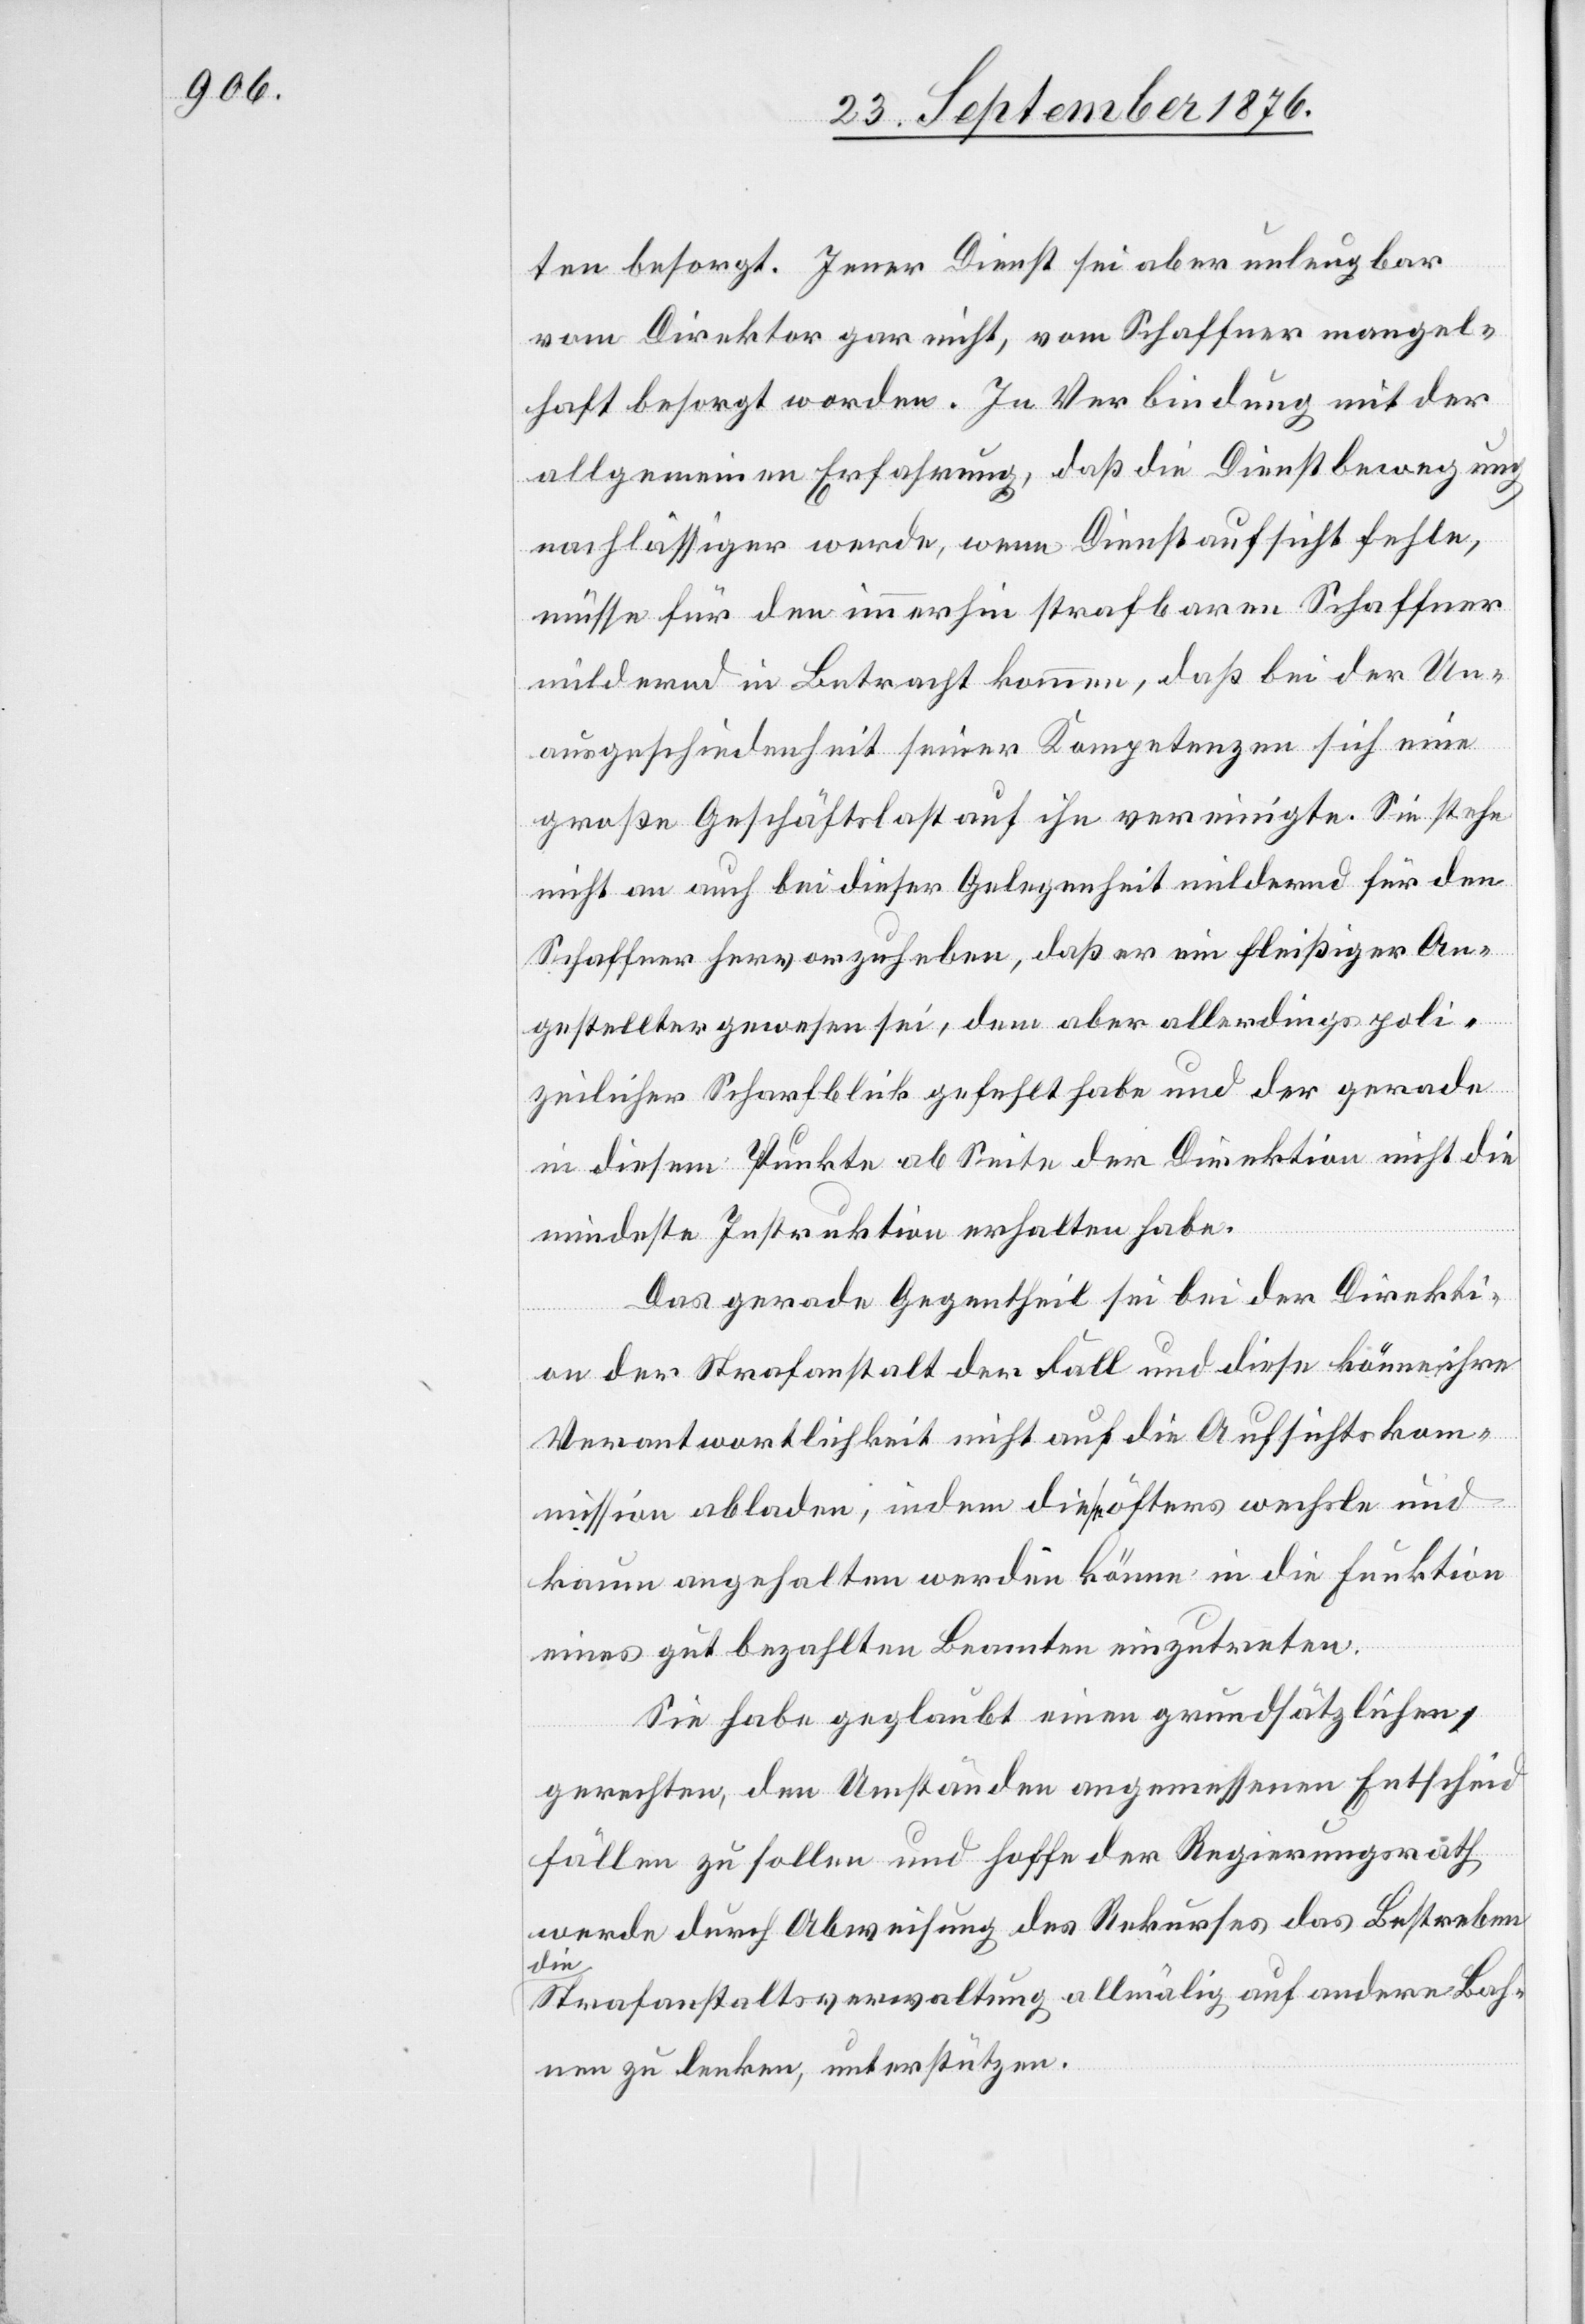
ten besorgt. Jener Dienst sei aber unleugbar
vom Direktor gar nicht, vom Schaffner mangel¬
haft besorgt worden. In Verbindung mit der
allgemeinen Erfahrung, daß die Dienstbewegung,
nachlässiger werde, wenn Dienstaufsicht fehle,
müsse für den immerhin strafbaren Schaffner
mildernd in Betracht kommen, daß bei der Un¬
ausgeschiedenheit seiner Kompetenzen sich eine
große Geschäftslast auf ihn vereinigte. Sie stehe
nicht an auch bei dieser Gelegenheit mildernd für den
Schaffner herauszuheben, daß er ein fleißiger An¬
gestellter gewesen sei, dem aber allerdings poli¬
zeilicher Scharfblick gefehlt habe und der gerade
in diesem Punkte ab Seite der Direktion nicht die
mindeste Instruktion erhalten habe.
Das gerade Gegentheil sei bei der Direkti¬
on der Strafanstalt der Fall und diese könne ihre
Verantwortlichkeit nicht auf die Aufsichtskom¬
mission abladen, indem diese öfters wechsle und
kaum angehalten werden könne in die Funktion
eines gut bezahlten Beamten einzutreten.
Sie habe geglaubt einen grundsätzlichen,
gerechten, den Umständen angemessenen Entscheid
fällen zu sollen und hoffe der Regierungsrath
werde durch Abweisung des Rekurses das Bestreben
die
Strafanstaltsverwaltung allmälig auf andere Bah¬
nen zu lenken, unterstützen.